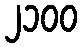
၂၁၀၀